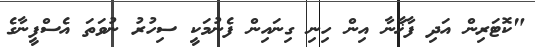
"ކޮޓަރިން އަދި ފާޚާނާ އިން ހިނި ގިނައިން ފެނުމަކީ ސިހުރު ނުވަތަ އެސްފީނާގެ